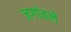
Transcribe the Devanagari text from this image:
जगांतले